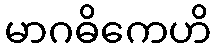
မာဂဓိကေဟိ